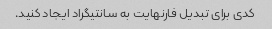
کدی برای تبدیل فارنهایت به سانتیگراد ایجاد کنید.